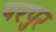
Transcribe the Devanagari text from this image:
परपुर